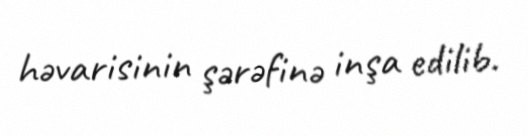
həvarisinin şərəfinə inşa edilib.